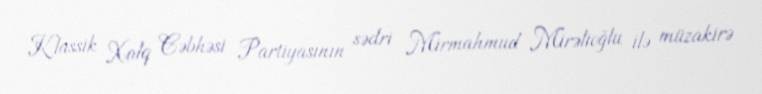
Klassik Xalq Cəbhəsi Partiyasının sədri Mirmahmud Mirəlioğlu ilə müzakirə